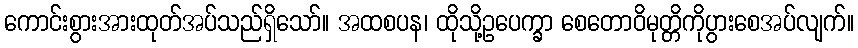
ကောင်းစွားအားထုတ်အပ်သည်ရှိသော်။ အထစပန၊ ထိုသို့ဥပေက္ခာ စေတောဝိမုတ္တိကိုပွားစေအပ်လျက်။